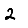
Digit: 2